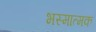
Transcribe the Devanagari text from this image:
भस्मात्मक